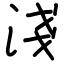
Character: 淺